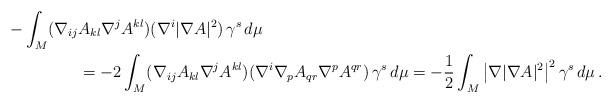
LaTeX: \begin{align*}- \int_M (\nabla_{ij}&A_{kl}\nabla^jA^{kl}) (\nabla^i|\nabla A|^2) \,\gamma^s\,d\mu\\ &= - 2\int_M (\nabla_{ij}A_{kl}\nabla^jA^{kl}) (\nabla^i\nabla_pA_{qr}\nabla^pA^{qr}) \,\gamma^s\,d\mu = -\frac12\int_M \big|\nabla|\nabla A|^2\big|^2\,\gamma^s\,d\mu\,.\end{align*}